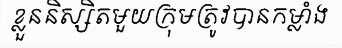
ខ្លួននិស្សិតមួយក្រុមត្រូវបានកម្លាំង